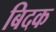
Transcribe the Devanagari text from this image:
बिदक